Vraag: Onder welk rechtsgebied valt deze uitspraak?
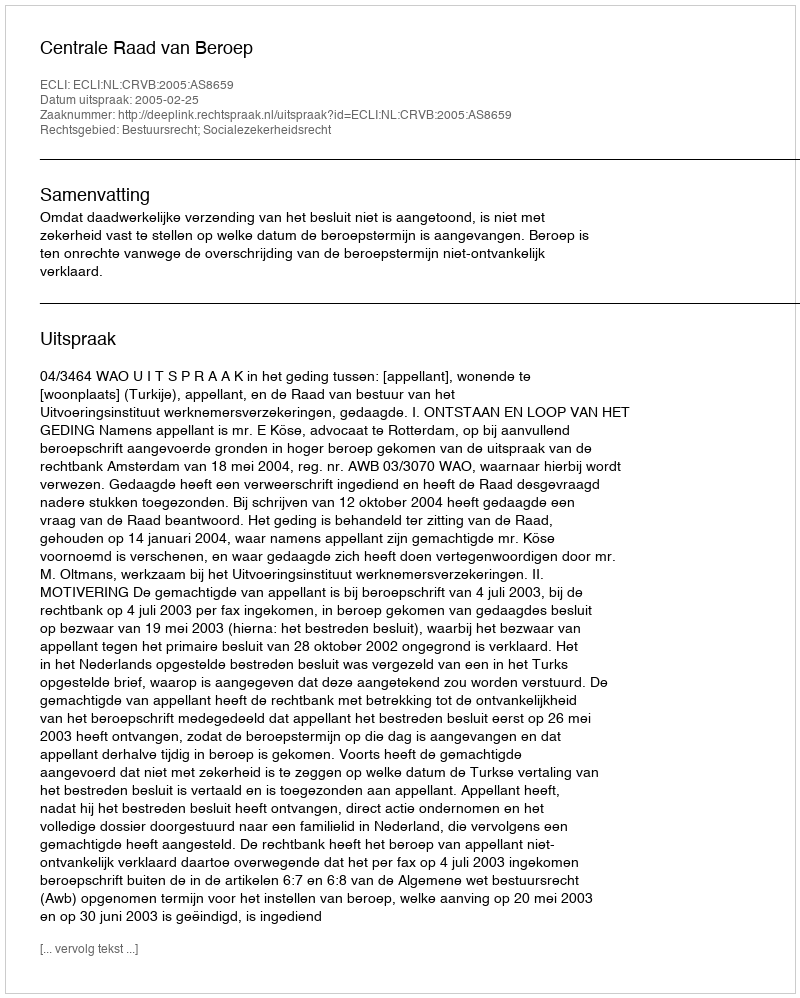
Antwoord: Bestuursrecht; Socialezekerheidsrecht